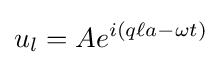
u_{l}=Ae^{i(q\ell a-\omega t)}